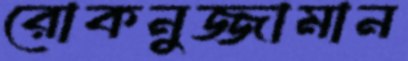
রোকনুজ্জামান